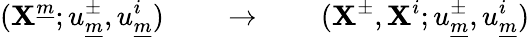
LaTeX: (\mathbf{X}^{\underline{{{{m}}}}};u_{\underline{{{{m}}}}}^{\pm},u_{\underline{{{{m}}}}}^{i})\qquad\rightarrow\qquad(\mathbf{X}^{\pm},\mathbf{X}^{i};u_{\underline{{{{m}}}}}^{\pm},u_{\underline{{{{m}}}}}^{i})